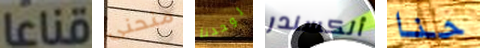
قناعا منحنى لوحدنا ألكسندر حنا